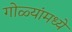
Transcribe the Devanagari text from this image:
गोळ्यांमध्ये